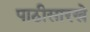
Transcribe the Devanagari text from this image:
पाठीसारखे